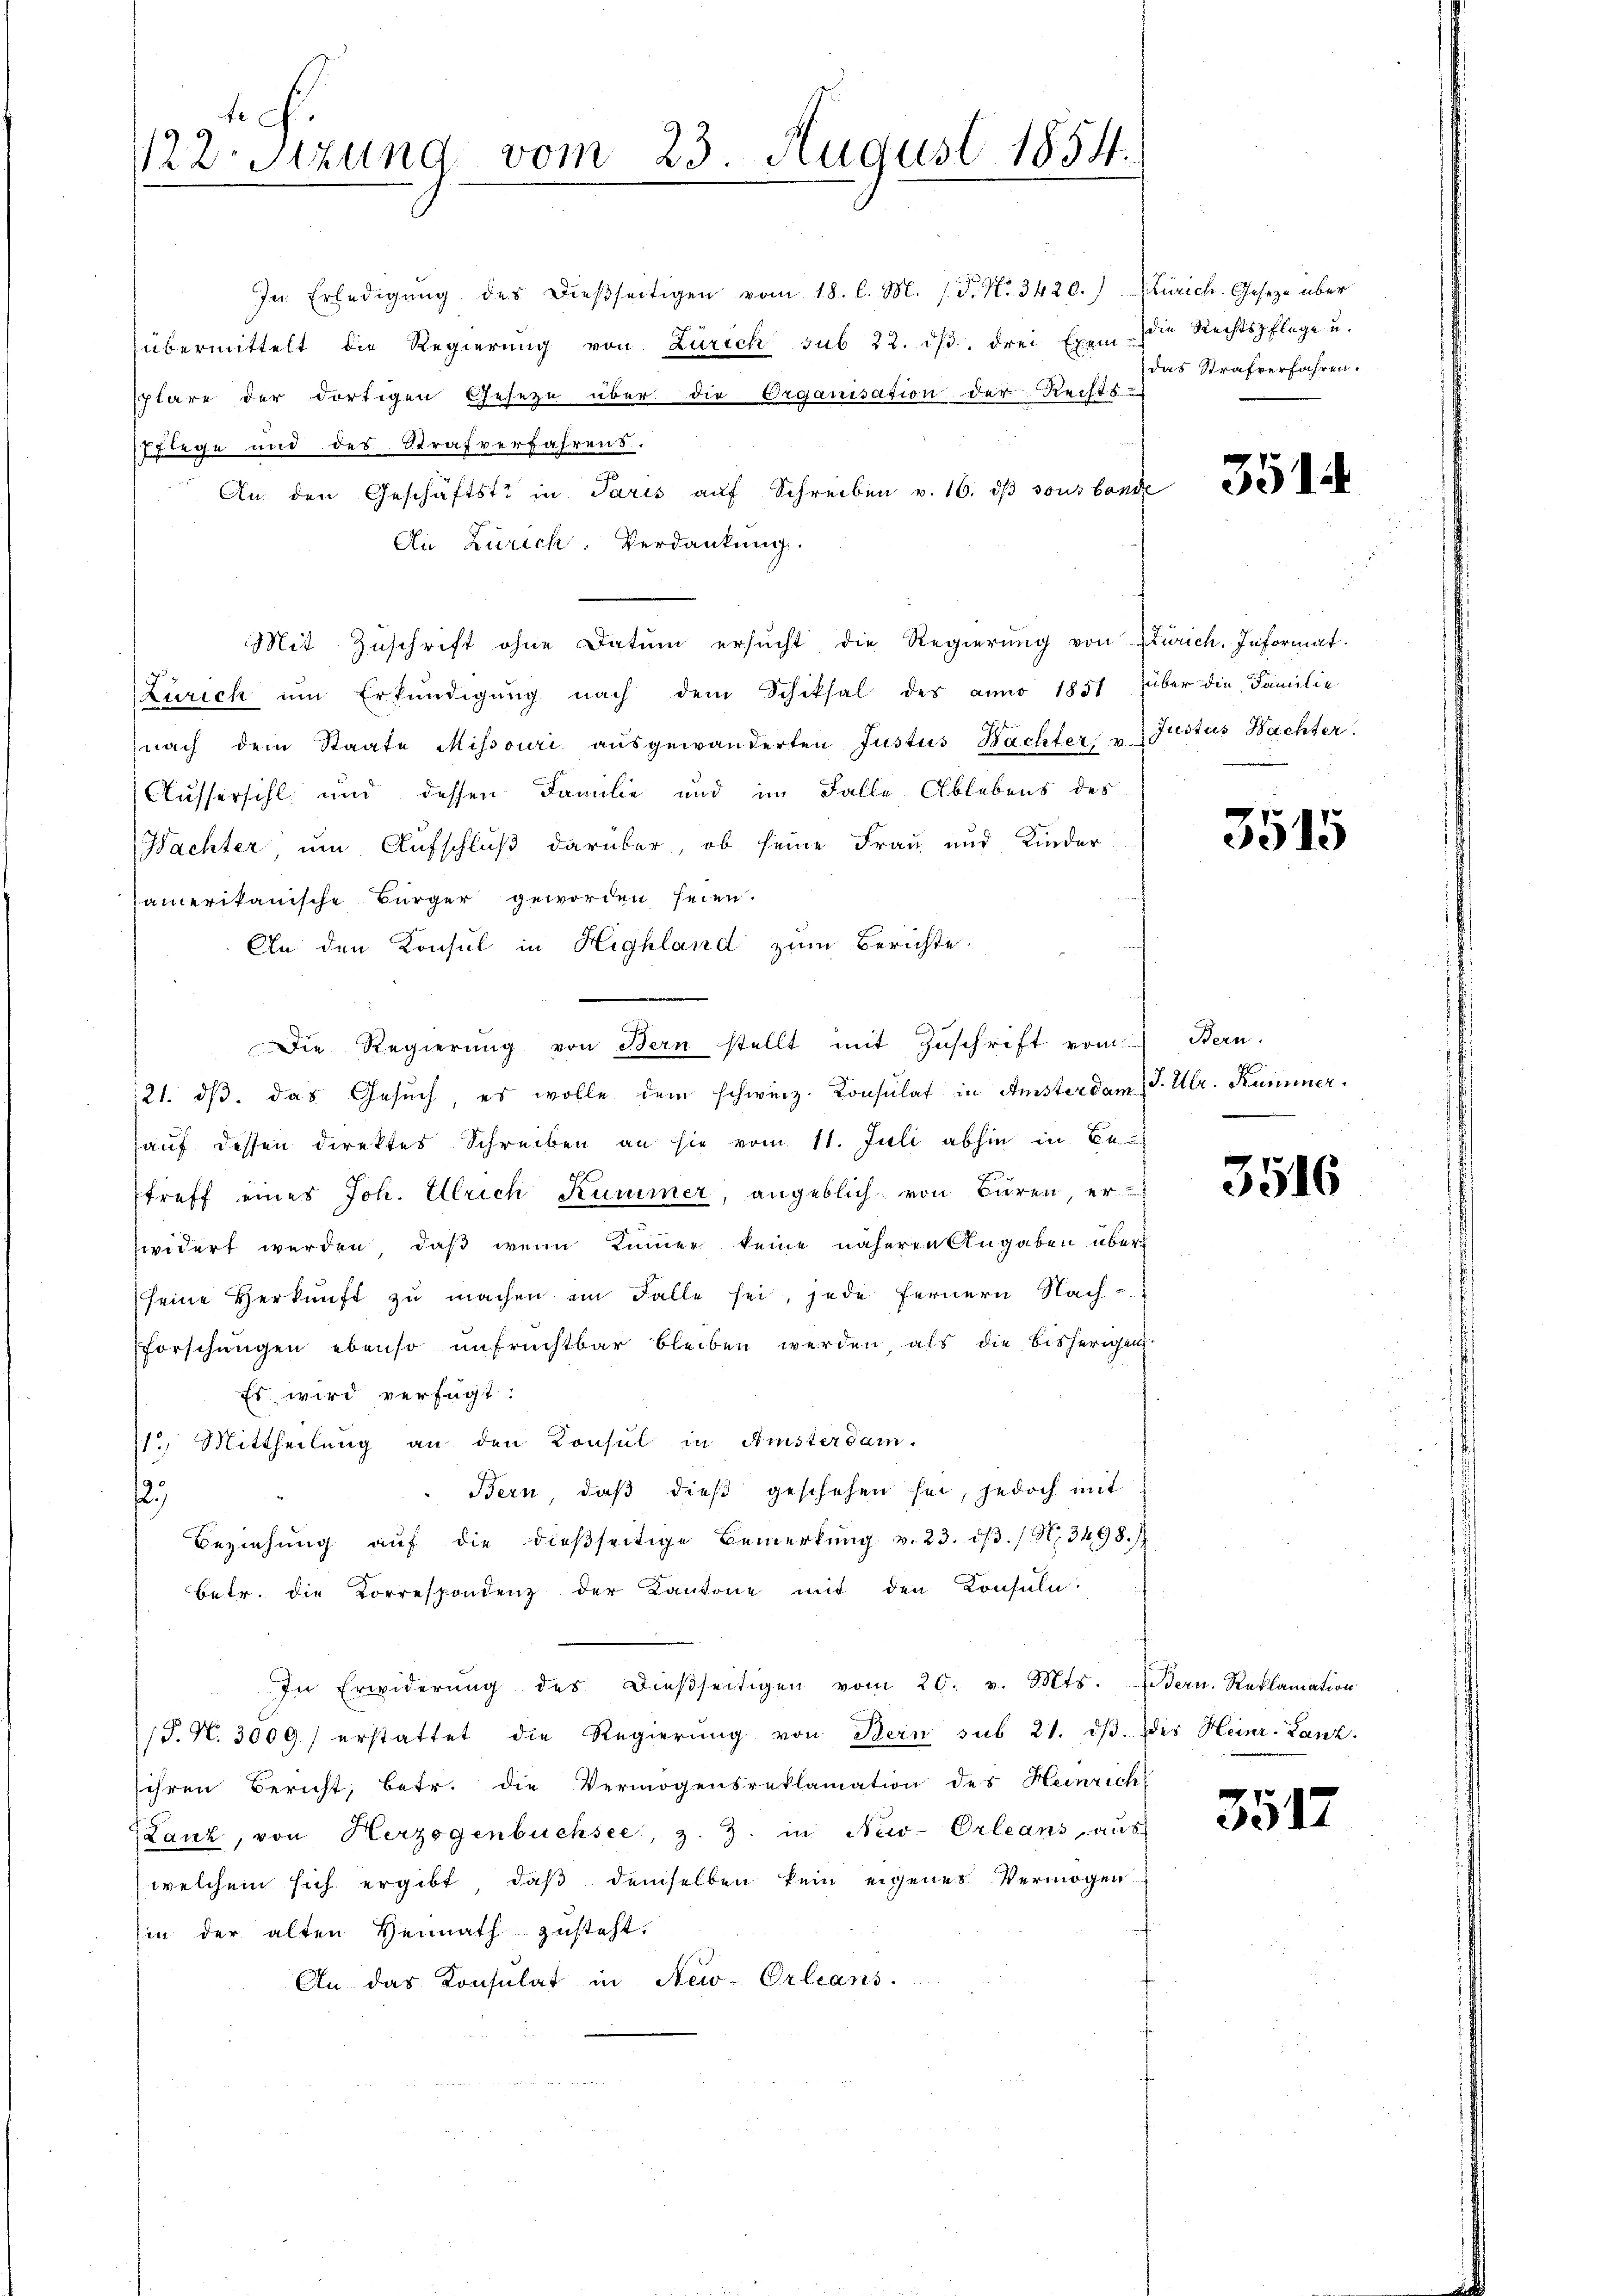
122. Sitzung vom 23. August 1854.
.

In Erledigŭng des dieβseitigen vom 18. l. M. / P. Nr. 3420.) Zürich. Gesetze über
übermittelt die Regierŭng von Zürich sub 22. dβ, drei Exem die Rechtspflege u.
plare der dortigen Geseze über die Organisation der Rechts-
7Flege und des Strafverfahrens.
An den Geschäftste in Paris auf Schreiben v. 16. dβ sous bande
An Zürich. Verdankung.
Mit Zuschrift ohne Datum ersucht die Regierŭng von Zürich. Informat
Zürich ŭm Erkundigŭng nach dem Schiksal des anno 1851 über die Familie
nach dem Staate Missouri aŭsgewänderten Justus Bachter u Justus Bachter.
Aussersihl und dessen Familie und im Falle Ablebens des
Wachter, um Aufschluß darüber, ob seine Frau und Kinder
Camerikanische Bürger geworden seien.
An den Konsul in Highland zum Berichte.
Die Regierŭng von Bern stellt mit Zŭschrift vom Bern.
121. dβ das Gesŭch, es wolle dem schweiz. Konsulat in Amsterdam J. Ulr. Kummer.
auf dessen direktes Schreiben an sie vom 11. Juli abhin in Be
treff eines Joh. Ulrich Kummer, angeblich von Büren, er
widert werden, daß wenn Kummer keine näheren Angaben über
(seine Herkunft zŭ machen im Falle sei, jede fernern Nach¬
Forschungen ebenso unfruchtbar bleiben werden, als die bisherigen
Es wird verfügt:
112. Mittheilung an den Konsul in Amsterdam.
" Bern, daβ dieß geschehen sei, jedoch mit
,
Beziehŭng aŭf die dießseitige Bemerkŭng v. 23. dβ. / N. 3498.)
betr. die Korrespondenz der Kantone mit den Konsula
In Erwiderŭng des dieβseitigen vom 20. v. Mts. dern. Reklamation
/J. N. 3009.) erstattet die Regierung von Bern sub 21. dβ des Heinr. Lanz.
sihren Bericht, betr. die Vermögensreklamation des Heinrich
Lanz, von Herzogenbüchsee, z. Z. in New-Orleans, aus
welchem sich ergibt, daß demselben kein eigenes Vermögen
hin der alten Hennath zusteht.
An das Konsulat in New-Orleans

das Strafverfahren.

3514

3515

3516

3517